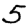
Digit: 5